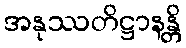
အနုဿတိဋ္ဌာနန္တိ